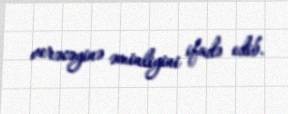
verəcəyinə əminliyini ifadə edib.